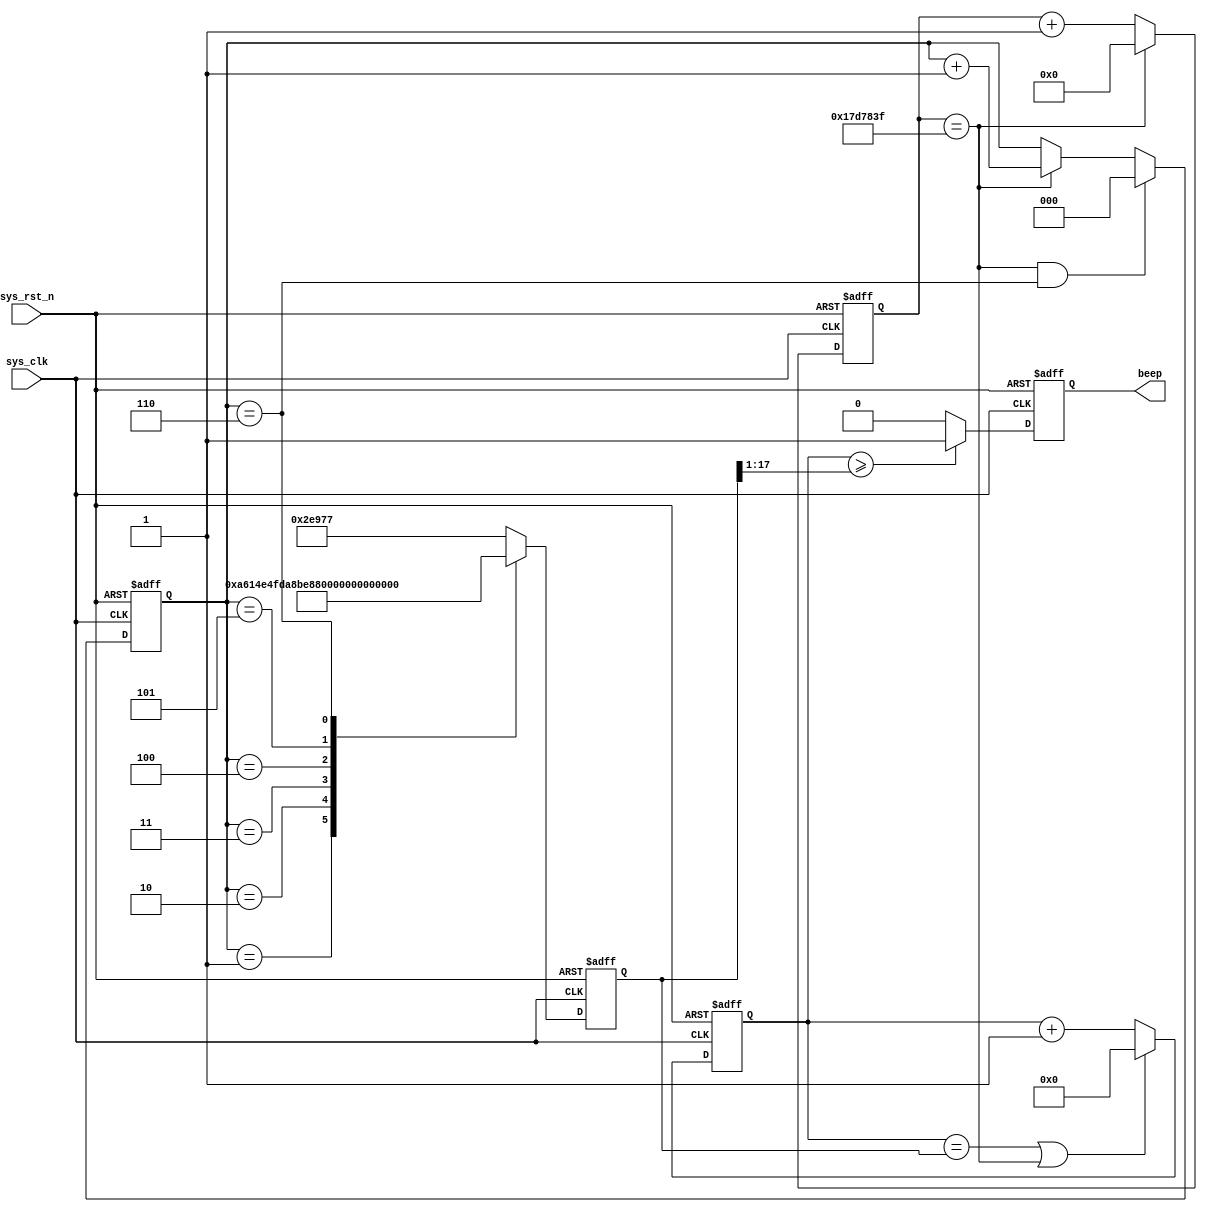
`timescale  1ns/1ns
//////////////////////////////////////////////////////////////////////////////////
// Module Name: beep
// Project Name:
// Target Devices: Altera EP4CE10F17C8N
// Tool Versions: Quartus 13.0
// Description:
//
// Revision:V1.1
// Additional Comments:
//
// :FPGA
//     :http://www.embedfire.com
//     :http://www.firebbs.cn
//     :https://fire-stm32.taobao.com
//////////////////////////////////////////////////////////////////////////////////

module  beep
#(
    parameter   TIME_500MS =   25'd24999999,   //0.5s
    parameter   DO  =   18'd190839 ,   //""262
    parameter   RE  =   18'd170067 ,   //""294
    parameter   MI  =   18'd151514 ,   //""330
    parameter   FA  =   18'd143265 ,   //""349
    parameter   SO  =   18'd127550 ,   //""392
    parameter   LA  =   18'd113635 ,   //""440
    parameter   XI  =   18'd101214     //""494
)
(
    input   wire        sys_clk     ,   //,50MHz
    input   wire        sys_rst_n   ,   //

    output  reg         beep            //
);

//********************************************************************//
//****************** Parameter and Internal Signal *******************//
//********************************************************************//

//reg   define
reg     [24:0]  cnt         ;   //0.5s
reg     [17:0]  freq_cnt    ;   //
reg     [2:0]   cnt_500ms   ;   //0.5s
reg     [17:0]  freq_data   ;   //

//wire  define
wire    [16:0]  duty_data   ;   //

//********************************************************************//
//***************************** Main Code ****************************//
//********************************************************************//

//50
assign  duty_data   =   freq_data   >>    1'b1;

//cnt:0.5s
always@(posedge sys_clk or  negedge sys_rst_n)
    if(sys_rst_n == 1'b0)
        cnt <=  25'd0;
    else    if(cnt == TIME_500MS )
        cnt <=   25'd0;
    else
        cnt <=  cnt +   1'b1;

//cnt_500ms500ms0.5s7
always@(posedge sys_clk or  negedge sys_rst_n)
    if(sys_rst_n == 1'b0)
        cnt_500ms   <=  3'd0;
    else    if(cnt == TIME_500MS && cnt_500ms ==  6)
        cnt_500ms   <=  3'd0;
    else    if(cnt == TIME_500MS)
        cnt_500ms   <=  cnt_500ms + 1'b1;

//
always@(posedge sys_clk or  negedge sys_rst_n)
    if(sys_rst_n == 1'b0)
        freq_data   <=  DO;
    else    case(cnt_500ms)
        0:  freq_data   <=   DO;
        1:  freq_data   <=   RE;
        2:  freq_data   <=   MI;
        3:  freq_data   <=   FA;
        4:  freq_data   <=   SO;
        5:  freq_data   <=   LA;
        6:  freq_data   <=   XI;
        default:  freq_data   <=   DO;
    endcase

//freq_cnt
always@(posedge sys_clk or  negedge sys_rst_n)
    if(sys_rst_n == 1'b0)
        freq_cnt    <=  18'd0;
    else    if(freq_cnt == freq_data || cnt == TIME_500MS)
        freq_cnt    <=  18'd0;
    else
        freq_cnt    <=  freq_cnt +  1'b1;

//beep
always@(posedge sys_clk or  negedge sys_rst_n)
    if(sys_rst_n == 1'b0)
        beep    <=  1'b0;
    else    if(freq_cnt >= duty_data)
        beep    <=  1'b1;
    else
        beep    <=  1'b0;

endmodule